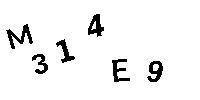
M314E9